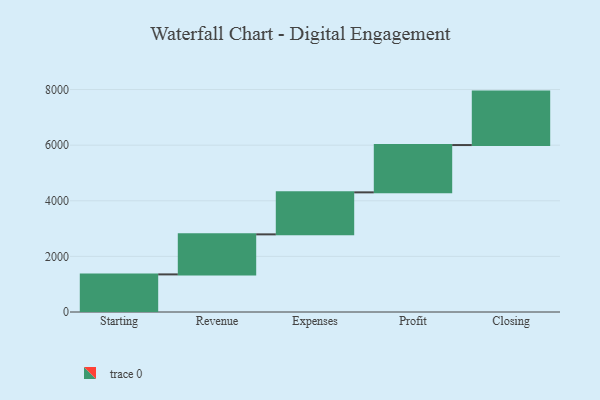
{"axis": {"x": "Step", "y": "Value"}, "legend": [""], "data": [{"x": "Starting", "y": 1352.0, "type": ""}, {"x": "Revenue", "y": 1440.0, "type": ""}, {"x": "Expenses", "y": 1511.0, "type": ""}, {"x": "Profit", "y": 1701.0, "type": ""}, {"x": "Closing", "y": 1922.0, "type": ""}]}